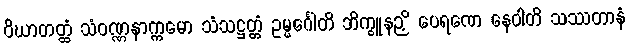
ဝိဃာတတ္ထံ သံဝဏ္ဏနာက္ကမော သံသဋ္ဌတ္တံ ဥမ္မင်္ဂေါတိ ဘိက္ခူနဉှိ ပေရဏေ နေဝါတိ သဿတာနံ